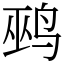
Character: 鹀